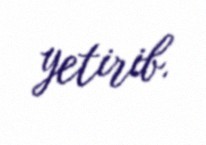
yetirib.